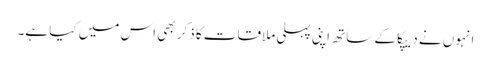
انہوں نے دیپکا کے ساتھ اپنی پہلی ملاقات کا ذکر بھی اس میں کیا ہے۔